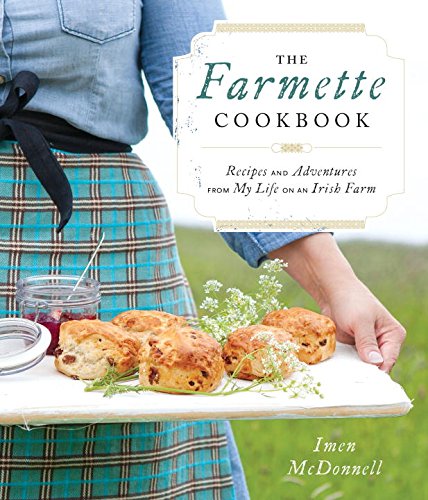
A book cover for The Farmette Cookbook: Recipes and Adventures from My Life on an Irish Farm; Imen McDonnell; Science & Math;